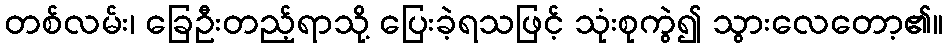
တစ်လမ်း၊ ခြေဦးတည့်ရာသို့ ပြေးခဲ့ရသဖြင့် သုံးစုကွဲ၍ သွားလေတော့၏။